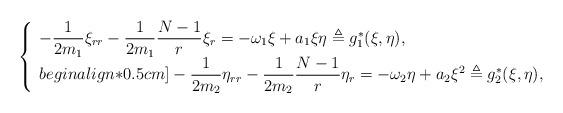
LaTeX: \begin{align*}\left\{\begin{array}{ll}-\dfrac{1}{2m_1}\xi_{rr}-\dfrac{1}{2m_1}\dfrac{N-1}{r}\xi_r =-\omega_1\xi+a_1\xi \eta\triangleq g^*_1(\xi,\eta),\\begin{align*}0.5cm]-\dfrac{1}{2m_2} \eta_{rr} -\dfrac{1}{2m_2}\dfrac{N-1}{r} \eta_r =-\omega_2 \eta+a_2\xi^2\triangleq g^*_2(\xi,\eta),\end{array}\right.\end{align*}